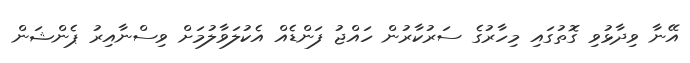
އޭނާ ވިދާޅުވި ގޮތުގައި މިހާރުގެ ސަރުކާރުން ހައްޖު ފަންޑެއް އެކުލަވާލުމަށް ވިސްނާއިރު ޕެންޝަން